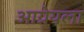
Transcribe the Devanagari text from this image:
आग्नेयला